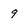
Character: 9